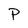
Character: P